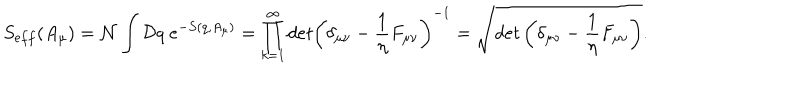
S _ { e f f } ( A _ { \mu } ) = { \cal N } \int { \cal D } q ~ e ^ { - S ( q , A _ { \mu } ) } = \prod _ { k = 1 } ^ { \infty } d e t \left( \delta _ { \mu \nu } - \frac { 1 } { \eta } F _ { \mu \nu } \right) ^ { - 1 } = \sqrt { d e t \left( \delta _ { \mu \nu } - \frac { 1 } { \eta } F _ { \mu \nu } \right) } .